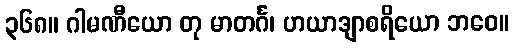
၃၆၈။ ဂါမဏီယော တု မာတင်္ဂ၊ ဟယာဒျာစရိယော ဘဝေ။